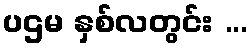
ပဌမ နှစ်လတွင်း ...